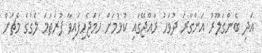
އަދި ބެންގަލޫރު އަންގާރަ ދުވަހު ރާއްޖޭގައި ކުޅުމަށް ހަމަޖެހިފައިވާ ފުރަތަމަ ލެގުގެ މެޗަށް